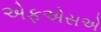
એફએસએ